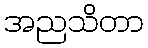
အညသိတာ